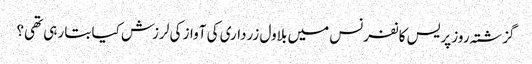
گزشتہ روز پریس کانفرنس میں بلاول زرداری کی آواز کی لرزش کیا بتا رہی تھی؟